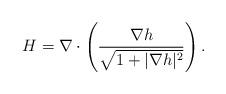
LaTeX: \begin{align*}H =\nabla\cdot\left(\frac{\nabla h }{\sqrt{1+|\nabla h|^2}}\right).\end{align*}